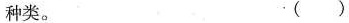
种类。 ( )